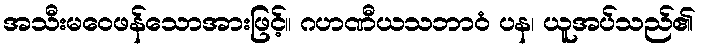
အသီးမဝေဖန်သောအားဖြင့်။ ဂဟဏီယသဘာဝံ ပန၊ ယူအပ်သည်၏